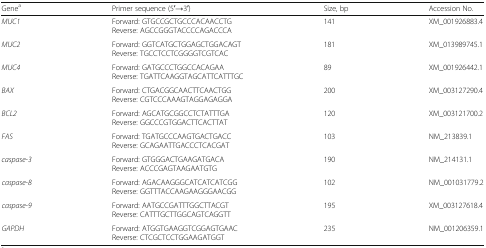
<table><thead><tr><td><b>Gene<sup>a</sup></b></td><td><b>Primer sequence (5′→3′)</b></td><td><b>Size, bp</b></td><td><b>Accession No.</b></td></tr></thead><tbody><tr><td><i>MUC1</i></td><td>Forward: GTGCCGCTGCCCACAACCTGReverse: AGCCGGGTACCCCAGACCCA</td><td>141</td><td>XM_001926883.4</td></tr><tr><td><i>MUC2</i></td><td>Forward: GGTCATGCTGGAGCTGGACAGTReverse: TGCCTCCTCGGGGTCGTCAC</td><td>181</td><td>XM_013989745.1</td></tr><tr><td><i>MUC4</i></td><td>Forward: GATGCCCTGGCCACAGAAReverse: TGATTCAAGGTAGCATTCATTTGC</td><td>89</td><td>XM_001926442.1</td></tr><tr><td><i>BAX</i></td><td>Forward: CTGACGGCAACTTCAACTGGReverse: CGTCCCAAAGTAGGAGAGGA</td><td>200</td><td>XM_003127290.4</td></tr><tr><td><i>BCL2</i></td><td>Forward: AGCATGCGGCCTCTATTTGAReverse: GGCCCGTGGACTTCACTTAT</td><td>120</td><td>XM_003121700.2</td></tr><tr><td><i>FAS</i></td><td>Forward: TGATGCCCAAGTGACTGACCReverse: GCAGAATTGACCCTCACGAT</td><td>103</td><td>NM_213839.1</td></tr><tr><td><i>caspase-3</i></td><td>Forward: GTGGGACTGAAGATGACAReverse: ACCCGAGTAAGAATGTG</td><td>190</td><td>NM_214131.1</td></tr><tr><td><i>caspase-8</i></td><td>Forward: AGACAAGGGCATCATCATCGGReverse: GGTTTACCAAGAAGGGAACGG</td><td>102</td><td>NM_001031779.2</td></tr><tr><td><i>caspase-9</i></td><td>Forward: AATGCCGATTTGGCTTACGTReverse: CATTTGCTTGGCAGTCAGGTT</td><td>195</td><td>XM_003127618.4</td></tr><tr><td><i>GAPDH</i></td><td>Forward: ATGGTGAAGGTCGGAGTGAACReverse: CTCGCTCCTGGAAGATGGT</td><td>235</td><td>NM_001206359.1</td></tr></tbody></table>